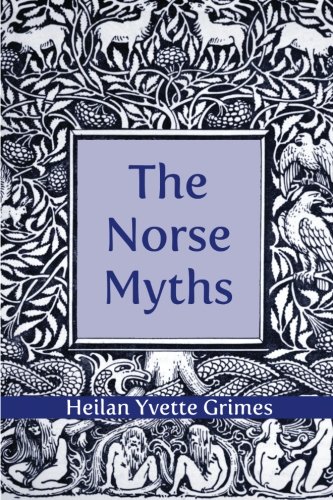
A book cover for The Norse Myths; Heilan Yvette Grimes; Children's Books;